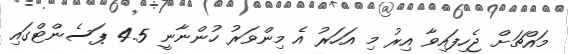
މައްޗަށް ޖެހިފައިވާ އިރު މި އަހަރު އެ މިންވަރު ހުންނާނީ 4.5 ޕަސެންޓްގައި